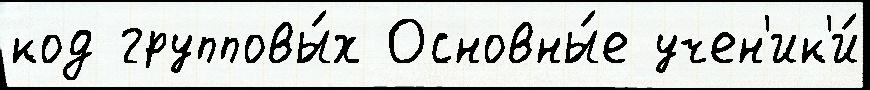
код групповы́х Основны́е учен'ик'и́